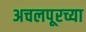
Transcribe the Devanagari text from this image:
अचलपूरच्या